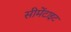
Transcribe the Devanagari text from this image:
सीमेंटाइट